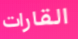
القارات